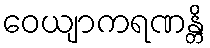
ဝေယျာကရဏန္တိ